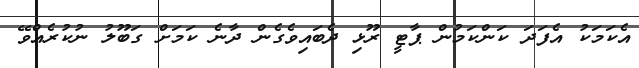
އެކަމަކު އެފަދަ ކަންކަމުން ޕާޓީ ރޫޅި ދެބައިވެގެން ދާނެ ކަމަށް ގަބޫލު ނުކުރެއްވޭ